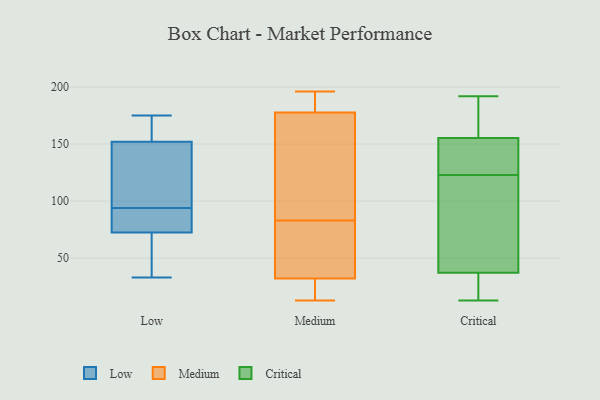
{"axis": {"x": "Tickets Resolved", "y": "Value"}, "legend": ["Critical", "Low", "Medium"], "data": [{"x": "", "y": 149, "type": "Low"}, {"x": "", "y": 70, "type": "Low"}, {"x": "", "y": 153, "type": "Low"}, {"x": "", "y": 164, "type": "Low"}, {"x": "", "y": 80, "type": "Low"}, {"x": "", "y": 41, "type": "Low"}, {"x": "", "y": 33, "type": "Low"}, {"x": "", "y": 175, "type": "Low"}, {"x": "", "y": 126, "type": "Low"}, {"x": "", "y": 84, "type": "Low"}, {"x": "", "y": 94, "type": "Low"}, {"x": "", "y": 55, "type": "Medium"}, {"x": "", "y": 29, "type": "Medium"}, {"x": "", "y": 42, "type": "Medium"}, {"x": "", "y": 187, "type": "Medium"}, {"x": "", "y": 189, "type": "Medium"}, {"x": "", "y": 105, "type": "Medium"}, {"x": "", "y": 28, "type": "Medium"}, {"x": "", "y": 196, "type": "Medium"}, {"x": "", "y": 83, "type": "Medium"}, {"x": "", "y": 150, "type": "Medium"}, {"x": "", "y": 13, "type": "Medium"}, {"x": "", "y": 130, "type": "Critical"}, {"x": "", "y": 177, "type": "Critical"}, {"x": "", "y": 16, "type": "Critical"}, {"x": "", "y": 74, "type": "Critical"}, {"x": "", "y": 148, "type": "Critical"}, {"x": "", "y": 73, "type": "Critical"}, {"x": "", "y": 90, "type": "Critical"}, {"x": "", "y": 142, "type": "Critical"}, {"x": "", "y": 13, "type": "Critical"}, {"x": "", "y": 40, "type": "Critical"}, {"x": "", "y": 188, "type": "Critical"}, {"x": "", "y": 20, "type": "Critical"}, {"x": "", "y": 123, "type": "Critical"}, {"x": "", "y": 192, "type": "Critical"}, {"x": "", "y": 135, "type": "Critical"}, {"x": "", "y": 188, "type": "Critical"}, {"x": "", "y": 29, "type": "Critical"}]}